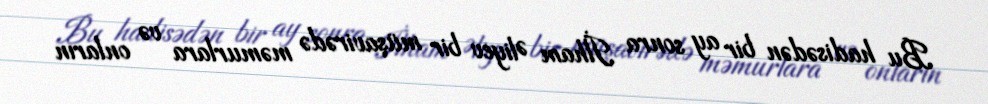
Bu hadisədən bir ay sonra İlham Əliyev bir müşavirədə məmurlara və onların